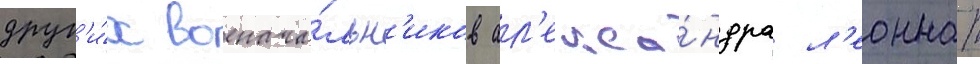
друг'и́х военача́льн'иков ал'екса́ндра л'еоннат